Indian journal of veterinary science and animal husbandry - Volume 2,
Year: 1932
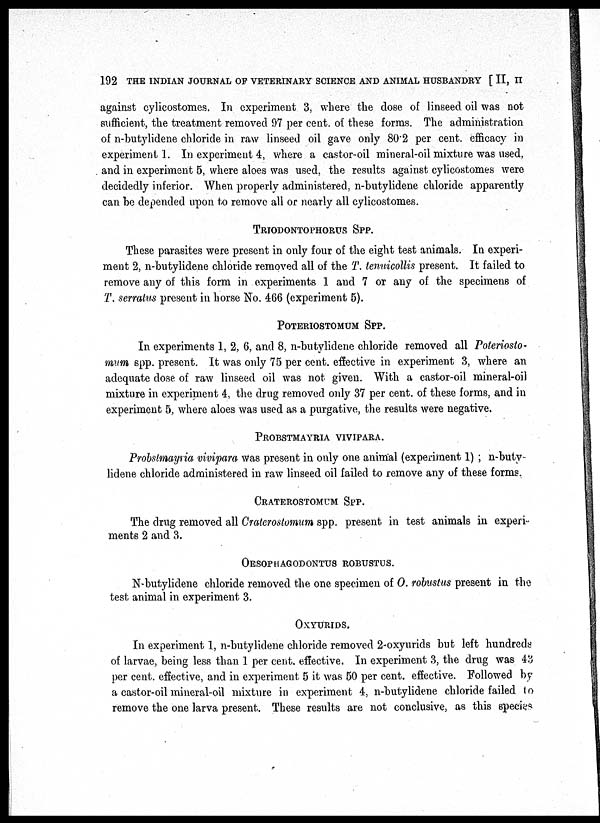
192 THE INDIAN JOURNAL OF VETERINARY SCIENCE AND ANIMAL HUSBANDRY [ II, II
against cylicostomes. In experiment 3, where the dose of linseed oil was not
sufficient, the treatment removed 97 per cent. of these forms. The administration
of n-butylidene chloride in raw linseed oil gave only 80.2 per cent. efficacy in
experiment 1 In experiment 4, where a castor-oil mineral-oil mixture was used,
and in experiment 5, where aloes was used, the results against cylicostomes were
decidedly inferior. When properly administered, n-butylidene chloride apparently
can he depended upon to remove all or nearly all cylicostomes.
TRIODONTOPHORUS
SPP.
These parasites were present in only four of the eight test animals. In experi-
ment 2, n-butylidene chloride removed all of the T. tenuicollis present. It failed to
remove any of this form in experiments 1 and 7 or any of the specimens of
T, serratus present in horse No. 466 (experiment 5).
POTERIOSTOMUM SPP.
In experiments 1, 2, 6, and 8, n-butylidene chloride removed all Poteriosto¬
mum spp. present. It was only 75 per cent. effective in experiment 3, where an
adequate dose of raw linseed oil was not given. With a castor-oil mineral-oil
mixture in experiment 4, the drug removed only 37 per cent. of these forms, and in
experiment 5, where aloes was used as a purgative, the results were negative.
PROBSTMAYRIA VIVIPARA.
Probstmayria vivipara was present in only one animal (experiment 1); n-buty-
lidene chloride administered in raw linseed oil failed to remove any of these forms.
CRATEROSTOMUM
SPP.
The drug removed all Craterostomum spp. present in test animals in experi-
ments 2 and 3.
OESOPHAGODONTUS ROBUSTUS.
N-butylidene chloride removed the one specimen of O. robustus present in the
test animal in experiment 3.
OXYURIDS.
In experiment 1, n-butylidene chloride removed 2-oxyurids but left hundreds
of larvae, being less than 1 per cent. effective. In experiment 3, the drug was 43
per cent. effective, and in experiment 5 it was 50 per cent. effective. Followed by
a castor-oil mineral-oil mixture in experiment 4, n-butylidene chloride failed to
remove the one larva present. These results are not conclusive, as this species